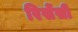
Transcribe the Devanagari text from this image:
रिसेंसी